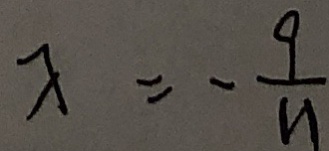
x = - \frac { 9 } { 1 1 }